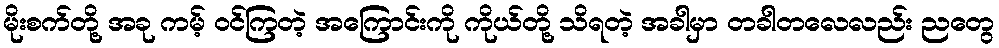
မိုးစက်တို့ အခု ကမ့် ဝင်ကြတဲ့ အကြောင်းကို ကိုယ်တို့ သိရတဲ့ အခါမှာ တခါတလေလည်း ညတွေ